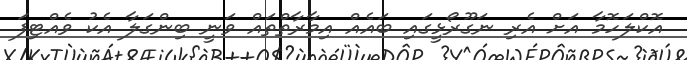
އޮކްލަހޮމާ އަށް އެރި ނަގޫރޯޅީގައި ބައެއް އިމާރާތްތައް ވަނީ ބިންގަލާ އެކު ވެއްޓިފަ